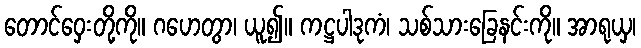
တောင်ဝှေးတို့ကို။ ဂဟေတွာ၊ ယူ၍။ ကဋ္ဌပါဒုကံ၊ သစ်သားခြေနင်းကို။ အာရုယှ၊